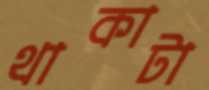
থাকাটা